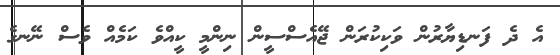
އެ ދެ ފަނޑިޔާރުން ވަކިކުރަން ޖޭއެސްސީން ނިންމީ ކީއްވެ ކަމެއް ވެސް ނޭނގެ